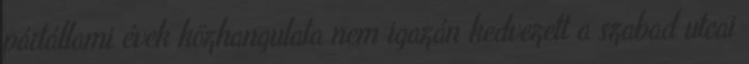
pártállami évek közhangulata nem igazán kedvezett a szabad utcai